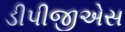
ડીપીજીએસ